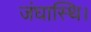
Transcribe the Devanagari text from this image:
जंघास्थि।